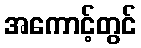
အကောင့်တွင်